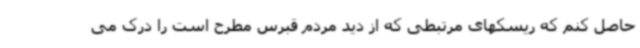
حاصل کنم که ریسکهای مرتبطی که از دید مردم قبرس مطرح است را درک می